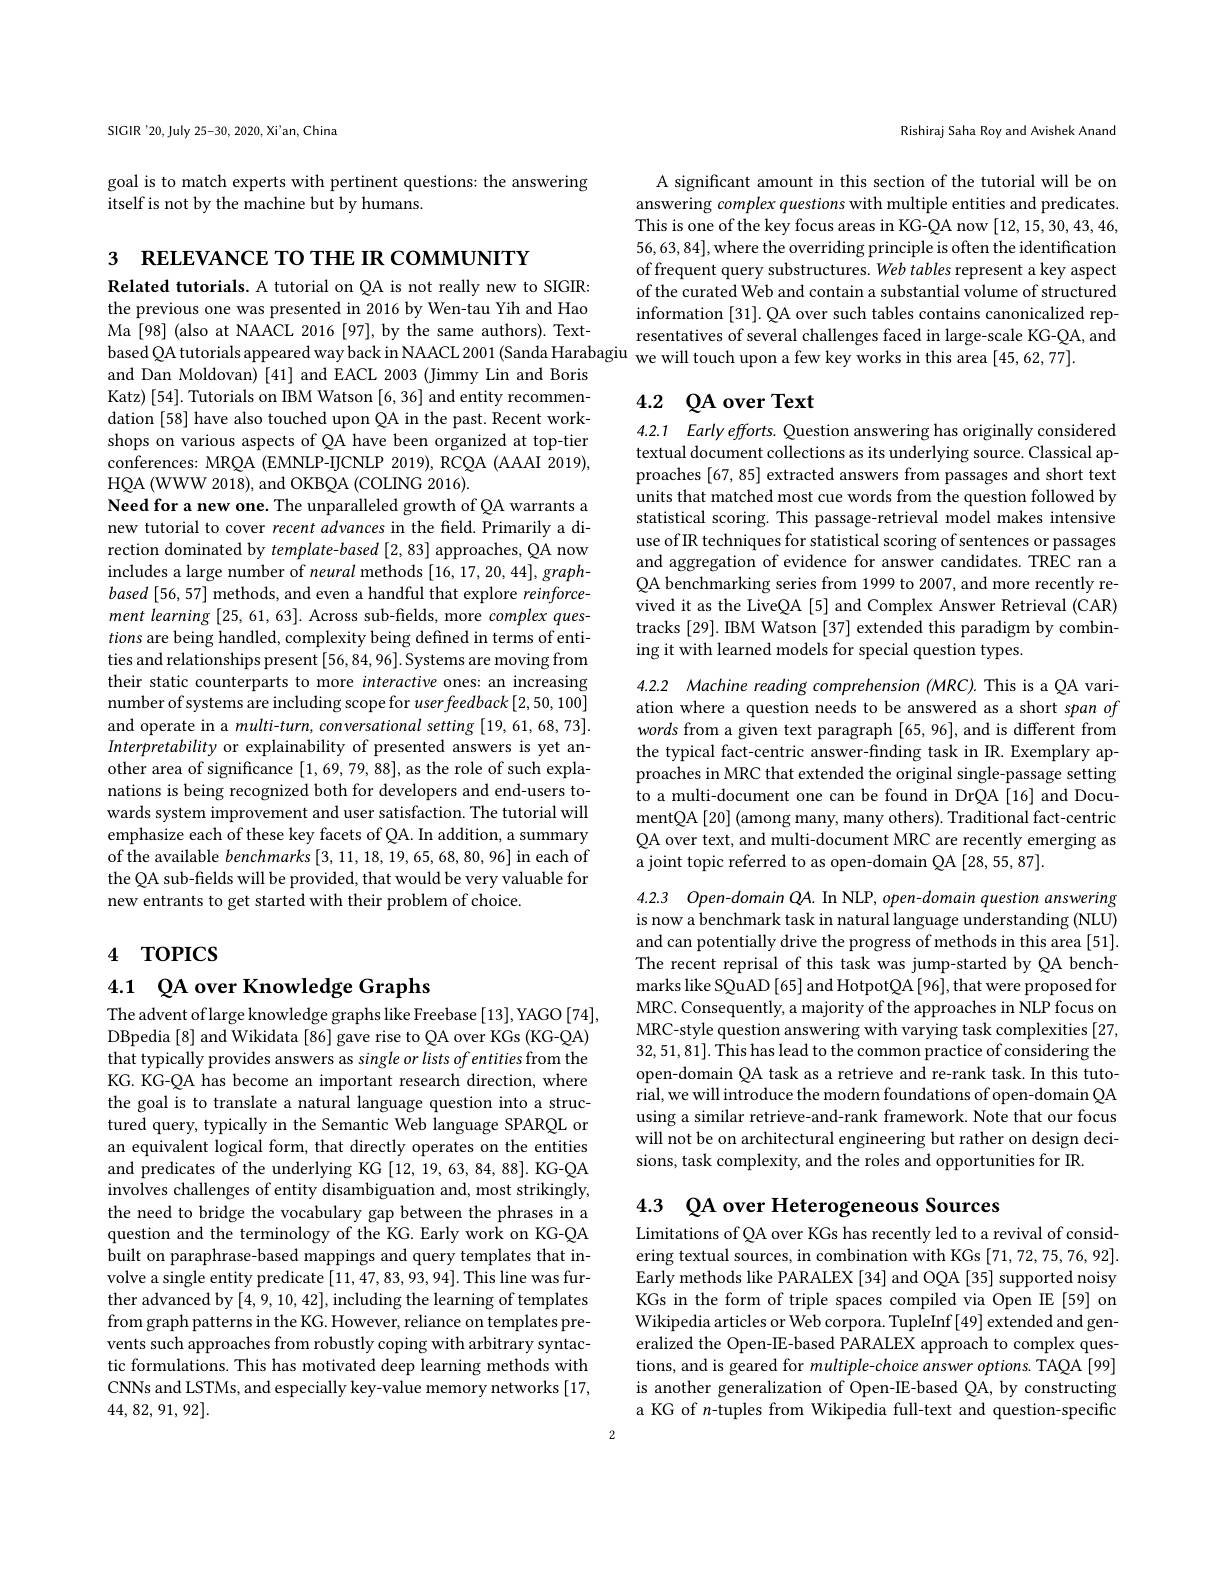
SIGIR'20, July 25-30, 2020, Xi'an, China

goal is to match experts with pertinent questions: the answering
itself is not by the machine but by humans.

3 RELEVANCE TO THE IR COMMUNITY
Related tutorials. A tutorial on QA is not really new to SIGIR: the previous one was presented in 2016 by Wen-tau Yih and Hao Ma [98] (also at NAACL 2016 [97], by the same authors). Textand Dan Moldovan) [41] and EACL 2003 (Jimmy Lin and Boris Katz) [54]. Tutorials on IBM Watson [6,36] and entity recommendation [58] have also touched upon QA in the past. Recent workshops on various aspects of QA have been organized at top-tier conferences: MRQA (EMNLP-IJCNLP 2019), RCQA (AAAI 2019), HQA (WWW 2018), and OKBQA (COLING 2016).
Need for a new one. The unparalleled growth of QA warrants a new tutorial to cover recent advances in the field. Primarily a direction dominated by template-based [2,83] approaches, QA now includes a large number of neural methods [16,17,20,44], graph- $based[56,57]$ methods, and even a handful that explore reinforcement learning [25,61,63]. Across sub-fields, more complex questions are being handled, complexity being defined in terms of entities and relationships present [56,84,96]. Systems are moving from their static counterparts to more interactive ones: an increasing number of systems are including scope for $userfeedback\left[2,50,100\right]$ and operate in a multi-turn, conversational setting [19,61,68,73]. Interpretability or explainability of presented answers is yet another area of significance [1,69,79,88], as the role of such explanations is being recognized both for developers and end-users towards system improvement and user satisfaction. The tutorial will emphasize each of these key facets of QA. In addition, a summary of the available $benchmarks[3,11,18,19,65,68,80,96]$ in each of the QA sub-fields will be provided, that would be very valuable for new entrants to get started with their problem of choice.

# 4 TOPICS

## 4.1 $\textcircled {\text{A over Knowledge Graphs}}$

The advent oflarge knowledge graphs like Freebase [13], YAGO [74], DBpedia [8] and Wikidata [86] gave rise to QA over KGs (KG-QA) that typically provides answers as single or lists of entities from the KG. KG-QA has become an important research direction, where the goal is to translate a natural language question into a structured query, typically in the Semantic Web language SPARQL or an equivalent logical form, that directly operates on the entities and predicates of the underlying KG [12,19,63,84,88]. KG-QA involves challenges of entity disambiguation and, most strikingly, the need to bridge the vocabulary gap between the phrases in a question and the terminology of the KG. Early work on KG-QA built on paraphrase-based mappings and query templates that involve a single entity predicate [11, 47, 83, 93, 94]. This line was further advanced by [4,9,10,42],including the learning of templates from graph patterns in the KG. However, reliance on templates prevents such approaches from robustly coping with arbitrary syntactic formulations. This has motivated deep learning methods with CNNs and LSTMs, and especially key-value memory networks [17, 44, 82, 91, 92].

Rishiraj Saha Roy and Avishek Anand

A significant amount in this section of the tutorial will be on answering complex questions with multiple entities and predicates. This is one of the key focus areas in KG-QA now [12,15,30,43,46, 56,63,84], where the overriding principle is often the identification of frequent query substructures. Web tables represent a key aspect of the curated Web and contain a substantial volume of structured information [31]. QA over such tables contains canonicalized rep-
Ma [98] (also at NAACL 2016 [97], by the same authors). Text- resentatives of several challenges faced in large-scale KG-QA, and based QA tutorials appeared way back in NAACL 2001 (Sanda Harabagiu we will touch upon a few key works in this area [45,62,77

## 4.2 QA over Text

4.2.1 Early efforts. Question answering has originally considered textual document collections as its underlying source. Classical approaches [67, 85] extracted answers from passages and short text units that matched most cue words from the question followed by statistical scoring. This passage-retrieval model makes intensive use of IR techniques for statistical scoring of sentences or passages and aggregation of evidence for answer candidates. TREC ran a QA benchmarking series from 1999 to 2007, and more recently revived it as the LiveQA [5] and Complex Answer Retrieval (CAR) tracks [29]. IBM Watson [37] extended this paradigm by combining it with learned models for special question types.

4.2.2 Machine reading comprehension (MRC). This is a QA variation where a question needs to be answered as a short span of words from a given text paragraph [65,96], and is different from the typical fact-centric answer-finding task in IR. Exemplary approaches in MRC that extended the original single-passage setting to a multi-document one can be found in DrQA[16] and DocumentQA [20] (among many, many others). Traditional fact-centric QA over text, and multi-document MRC are recently emerging as a joint topic referred to as open-domain QA [28,55,87].

4.2.3 Open-domain QA. In NLP, open-domain question answering is now a benchmark task in natural language understanding (NLU) and can potentially drive the progress of methods in this area [51]. The recent reprisal of this task was jump-started by QA bench- $\hat{\text{marks like SQuAD[65] and HotpotQA[96], that were proposed for}}$ MRC. Consequently, a majority of the approaches in NLP focus on MRC-style question answering with varying task complexities [27, 32,51,81]. This has lead to the common practice of considering the open-domain QA task as a retrieve and re-rank task. In this tutorial, we will introduce the modern foundations of open-domain QA using a similar retrieve-and-rank framework. Note that our focus will not be on architectural engineering but rather on design decisions, task complexity, and the roles and opportunities for IR.

4.3 QA over Heterogeneous Sources

Limitations of QA over KGs has recently led to a revival of considering textual sources, in combination with KGs [71,72,75,76,92]. Early methods like PARALEX [34] and OQA [35] supported noisy KGs in the form of triple spaces compiled via Open IE[59] on Wikipedia articles or Web corpora. TupleInf [49] extended and generalized the Open-IE-based PARALEX approach to complex questions, and is geared for multiple-choice answer options. TAQA [99] is another generalization of Open-IE-based QA, by constructing a KG of $n$-tuples from Wikipedia full-text and question-specific

2